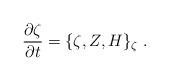
LaTeX: \begin{align*}\frac{\partial \zeta}{\partial t} = \{ \zeta , Z, H \}_{\zeta}~.\end{align*}